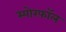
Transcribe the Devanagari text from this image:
स्पोरफॉल